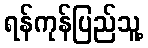
ရန်ကုန်ပြည်သူ့